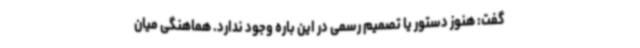
گفت: هنوز دستور یا تصمیم رسمی در این باره وجود ندارد. هماهنگی میان